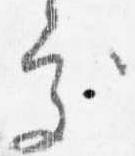
処